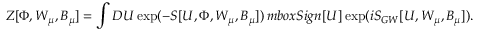
Z [ \Phi , W _ { \mu } , B _ { \mu } ] = \int { \cal D } U \exp ( - S [ U , \Phi , W _ { \mu } , B _ { \mu } ] ) \, m b o x { S i g n } [ U ] \exp ( i S _ { G W } [ U , W _ { \mu } , B _ { \mu } ] ) .